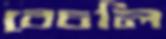
বেচলি